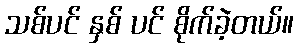
သစ်ပင် နှစ် ပင် စိုက်ခဲ့တယ်။